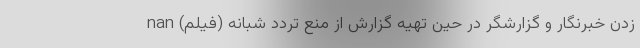
زدن خبرنگار و گزارشگر در حین تهیه گزارش از منع تردد شبانه (فیلم) nan